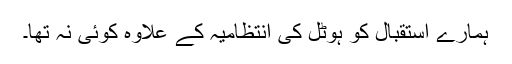
ہمارے استقبال کو ہوٹل کی انتظامیہ کے علاوہ کوئی نہ تھا۔